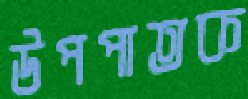
উপপাতক